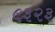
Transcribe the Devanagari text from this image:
९३२३